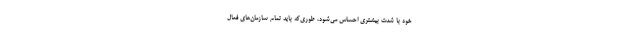
خود با شدت بیشتری احساس می‌شود، طوری‌که باید تمام سازمان‌های فعال